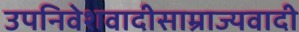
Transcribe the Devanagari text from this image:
उपनिवेशवादीसाम्राज्यवादी